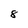
Character: 8